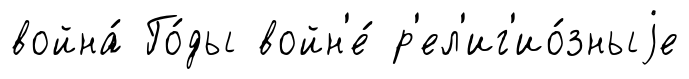
война́ Го́ды войн'е́ р'ел'иг'ио́зныjе